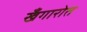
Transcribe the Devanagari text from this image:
खँगारोत